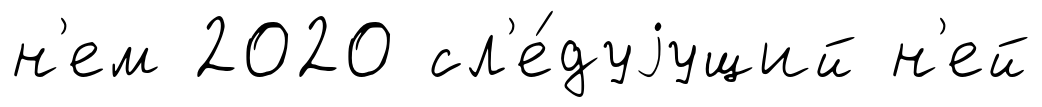
н'ем 2020 сл'е́дуjущий н'ей